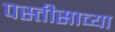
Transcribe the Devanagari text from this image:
पस्तीसाव्या